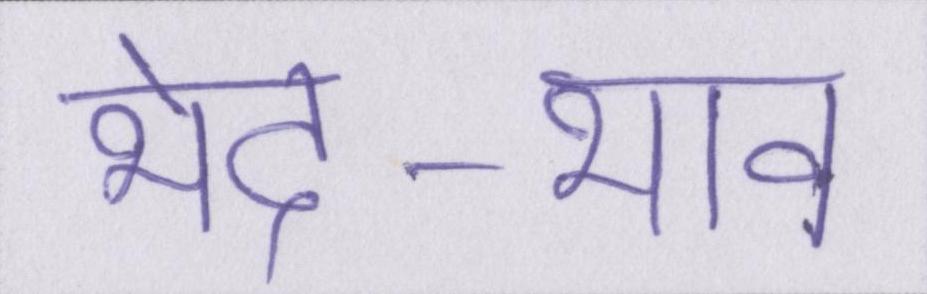
भेद-भाव